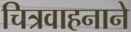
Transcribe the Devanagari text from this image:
चित्रवाहनाने